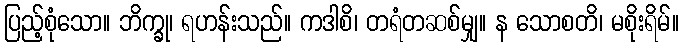
ပြည့်စုံသော။ ဘိက္ခု၊ ရဟန်းသည်။ ကဒါစိ၊ တရံတဆစ်မျှ။ န သောစတိ၊ မစိုးရိမ်။